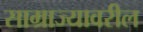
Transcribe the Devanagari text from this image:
साम्राज्यावरील